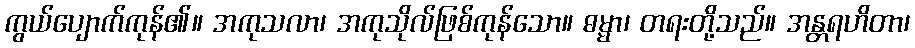
ကွယ်ပျောက်ကုန်၏။ အကုသလာ၊ အကုသိုလ်ဖြစ်ကုန်သော။ ဓမ္မာ၊ တရးတို့သည်။ အန္တရဟိတာ၊